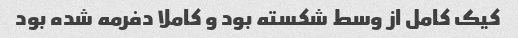
کیک کامل از وسط شکسته بود و کاملا دفرمه شده بود